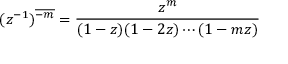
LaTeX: ( z ^ { - 1 } ) ^ { \overline { { - m } } } = { \frac { z ^ { m } } { ( 1 - z ) ( 1 - 2 z ) \cdots ( 1 - m z ) } }